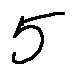
5